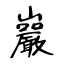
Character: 巖